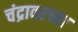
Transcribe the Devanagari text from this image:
चंद्रावरच्या